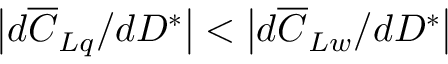
\left| d \overline { { C } } _ { L q } / d D ^ { * } \right| < \left| d \overline { { C } } _ { L w } / d D ^ { * } \right|